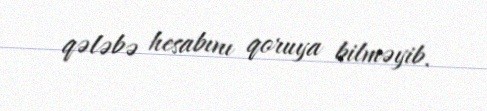
qələbə hesabını qoruya bilməyib.